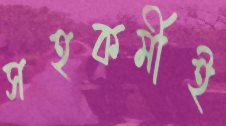
সহকর্মীই